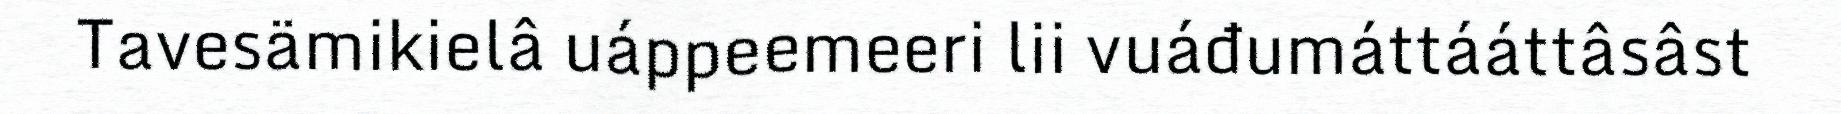
Tavesämikielâ uáppeemeeri lii vuáđumáttááttâsâst